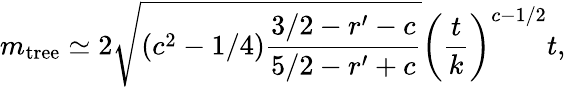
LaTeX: m_{\mathrm{tree}}\simeq 2\sqrt{(c^{2}-1/4)\frac{3/2-r^{\prime}-c}{5/2-r^{\prime}+c}}\left(\frac{t}{k}\right)^{c-1/2}t,